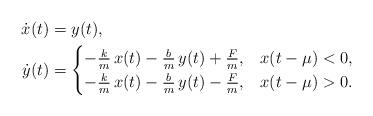
LaTeX: \begin{align*}\dot{x}(t) &= y(t), \\\dot{y}(t) &= \begin{cases}-\frac{k}{m} \,x(t) - \frac{b}{m} \,y(t) + \frac{F}{m}, & x(t-\mu) < 0, \\-\frac{k}{m} \,x(t) - \frac{b}{m} \,y(t) - \frac{F}{m}, & x(t-\mu) > 0.\end{cases}\end{align*}